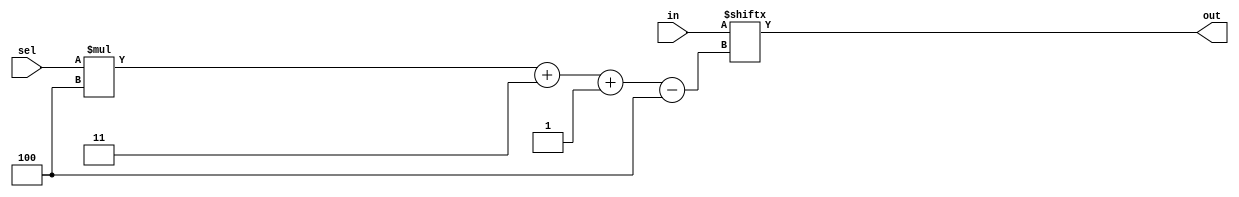
module top_module(
    input [1023:0] in,
    input [7:0] sel,
    output [3:0] out );

    assign out = in[sel*4+3 -:4];

endmodule

//note it's [highbit -: width]